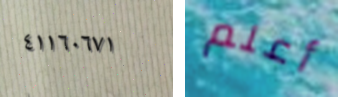
٤١١٦٠٦٧١ أعلم